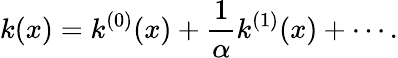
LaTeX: k(x)=k^{(0)}(x)+\frac{1}{\alpha}k^{(1)}(x)+\cdots.